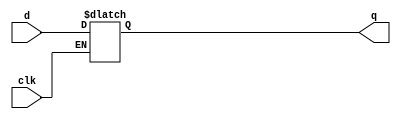
// Code your design here
module d_latch (input d, clk, output reg q);

  always @ * 
    begin
      if ( clk )
        q <= d ;
      else 
        q <= q;
    end
  
endmodule

module clk_gater ( input en,clk ,output clk_out);
  
  not n1 (clk_bar,clk);
  d_latch d1 (en,clk_bar,w1);
  and a1 (clk_out,w1,clk);  
endmodule